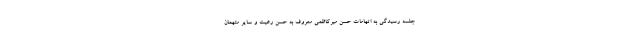
جلسه رسیدگی به اتهامات حسن میرکاظمی معروف به حسن رعیت و سایر متهمان